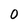
Character: O